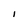
Character: 1